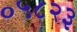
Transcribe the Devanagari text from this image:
०५८२३